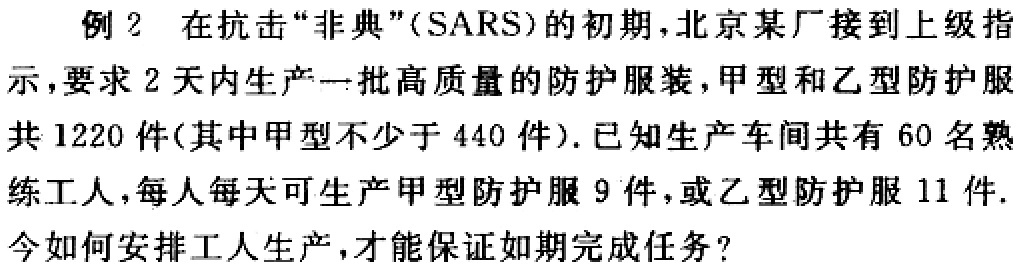
例2 在抗击“非典”(SARS)的初期，北京某厂接到上级指示，要求2天内生产一批高质量的防护服装，甲型和乙型防护服共1220件(其中甲型不少于440件). 已知生产车间共有60名熟练工人，每人每天可生产甲型防护服9件，或乙型防护服11件. 今如何安排工人生产，才能保证如期完成任务?